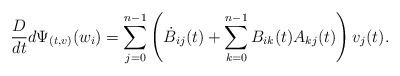
LaTeX: \begin{align*}\frac{D}{dt}d\Psi_{(t,v)}(w_i)=\sum_{j=0}^{n-1}\left(\dot B_{ij}(t)+\sum_{k=0}^{n-1}B_{ik}(t)A_{kj}(t)\right)v_j(t). \end{align*}